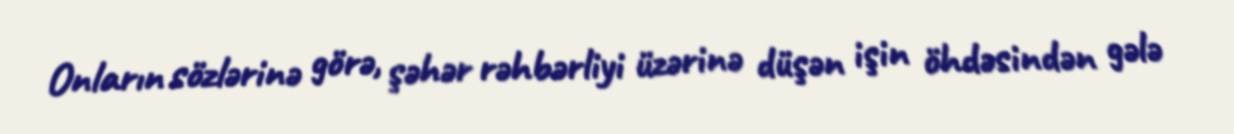
Onların sözlərinə görə, şəhər rəhbərliyi üzərinə düşən işin öhdəsindən gələ